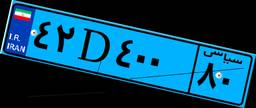
۴۲D۴۰۰۸۰